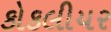
કોકલીયર